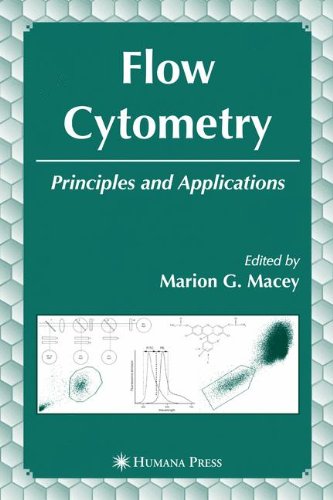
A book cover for Flow Cytometry: Principles and Applications; Medical Books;